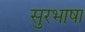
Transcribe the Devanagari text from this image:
सुरभाषा